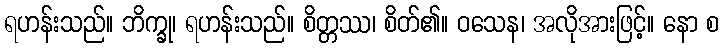
ရဟန်းသည်။ ဘိက္ခု၊ ရဟန်းသည်။ စိတ္တဿ၊ စိတ်၏။ ဝသေန၊ အလိုအားဖြင့်။ နော စ